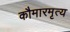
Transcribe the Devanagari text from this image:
कौमारमृत्य